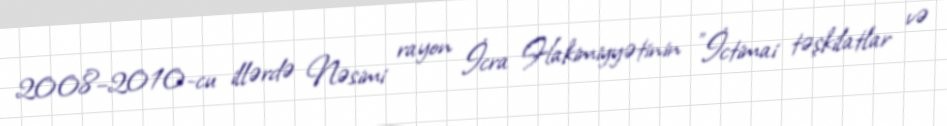
2008–2010-cu illərdə Nəsimi rayon İcra Hakimiyyətinin "İctimai təşkilatlar və